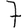
Digit: 7